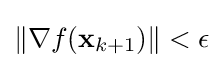
\|\nabla f(\mathbf {x} _{k+1})\|<\epsilon